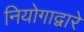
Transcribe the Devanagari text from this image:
नियोगाद्वारे